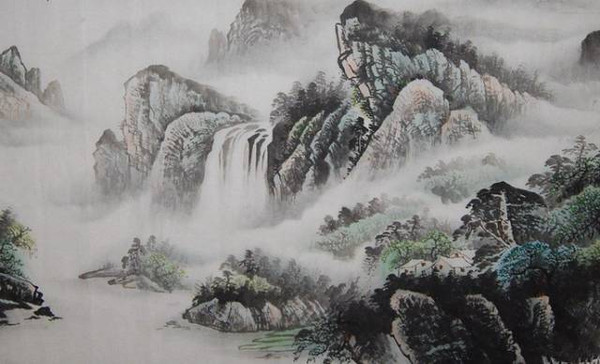
万里桥边多酒家，游人爱向谁家宿。